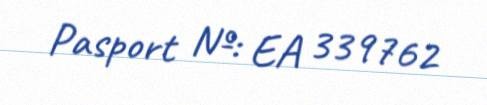
Pasport №: EA 339762